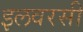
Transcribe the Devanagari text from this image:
इलवरसी